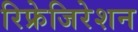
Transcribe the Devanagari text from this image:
रिफ्रेजिरेशन